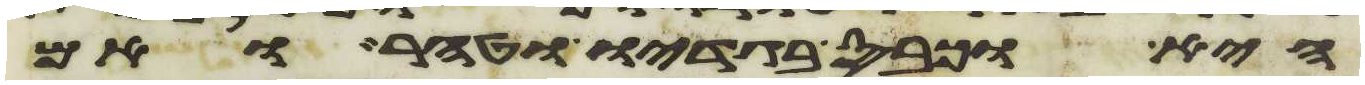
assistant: היא וכבס בגדיו וטהר ואם